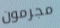
مجرمون